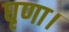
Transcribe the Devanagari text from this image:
घृणा।